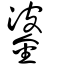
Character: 錃